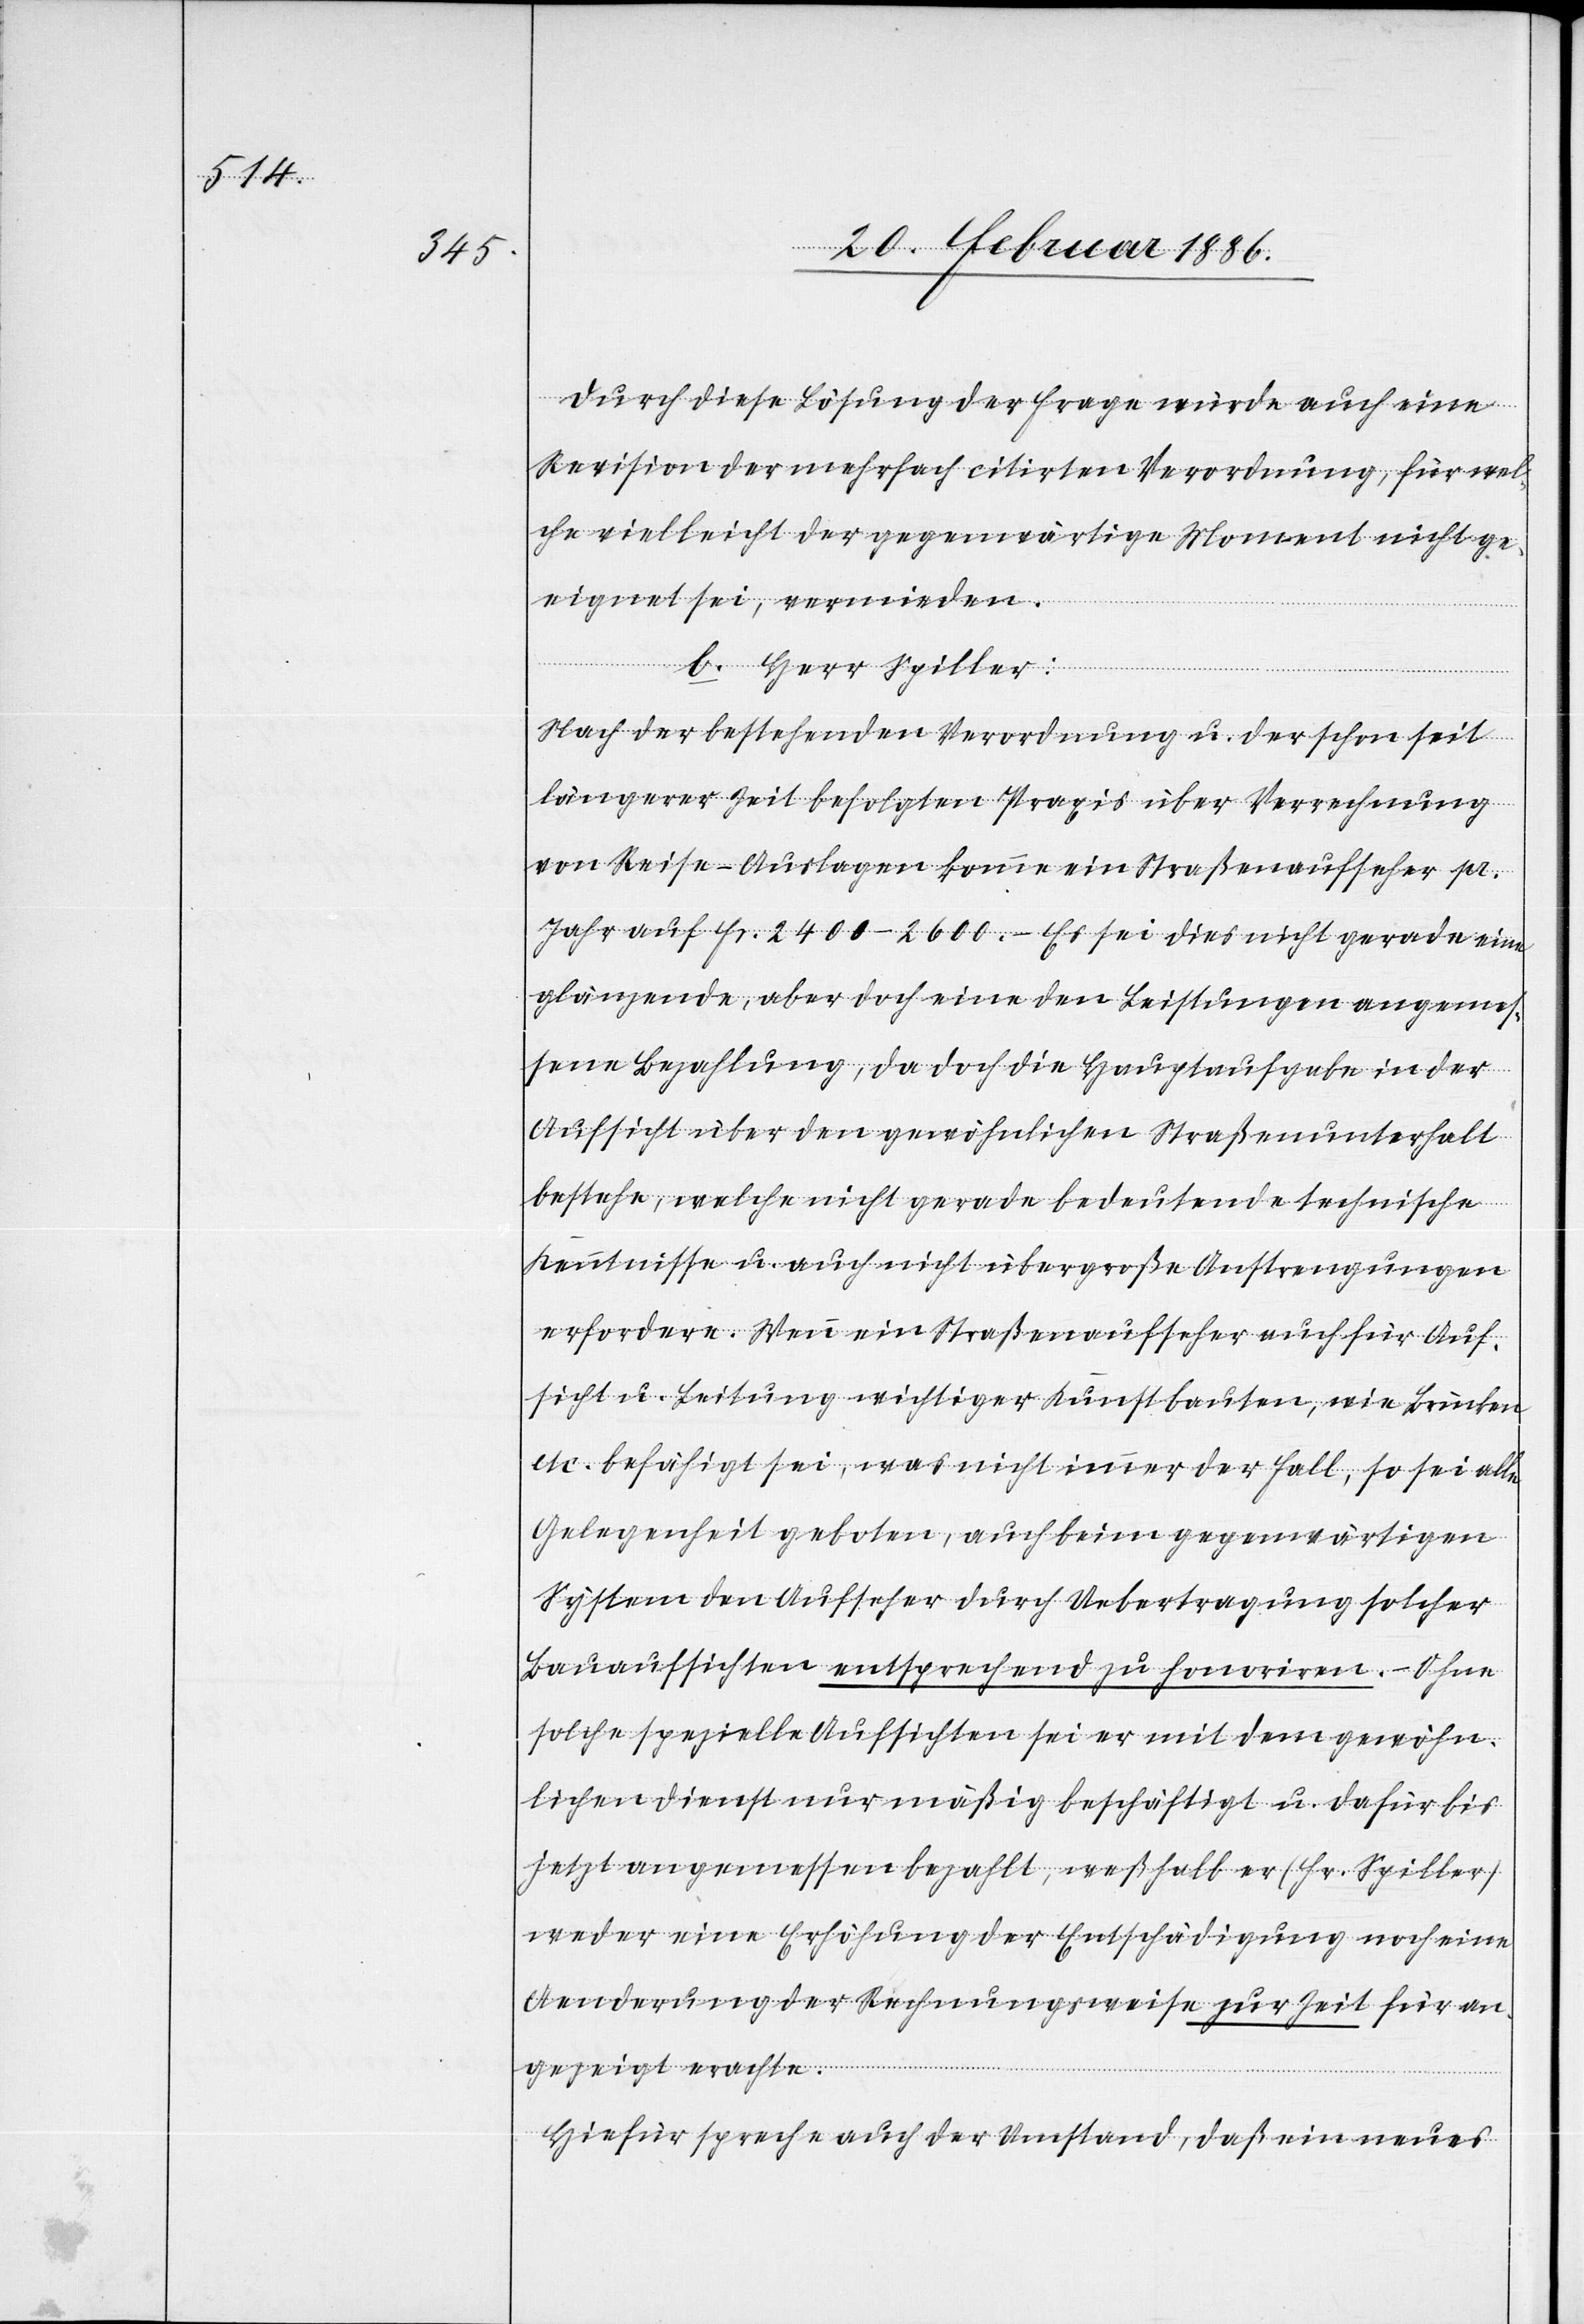
Durch diese Lösung der Frage würde auch eine
Revision der mehrfach citirten Verordnung, für wel¬
che vielleicht der gegenwärtige Moment nicht ge¬
eignet sei, vermieden.
b). Herr Spiller:
Nach der bestehenden Verordnung u. der schon seit
längerer Zeit befolgten Praxis über Verrechnung
von Reise-Auslagen komme ein Straßenaufseher pr.
Jahr auf Fr. 2400–2600.– Es sei dies nicht gerade eine
glänzende, aber doch eine den Leistungen angemes¬
sene Bezahlung, da doch die Hauptaufgabe in der
Aufsicht über den gewöhnlichen Straßenunterhalt
bestehe, welche nicht gerade bedeutende technische
Kenntnisse u. auch nicht übergroße Anstrengungen
erfordere. Wenn ein Straßenaufseher auch für Auf¬
sicht u. Leitung wichtiger Kunstbauten, wie Brücken
etc. befähigt sei, was nicht immer der Fall, so sei alle
Gelegenheit geboten, auch beim gegenwärtigen
System den Aufseher durch Uebertragung solcher
Bauaufsichten entsprechend zu honoriren. – Ohne
solche spezielle Aufsichten sei er mit dem gewöhn¬
lichen Dienst nur mäßig beschäftigt u. dafür bis
jetzt angemessen bezahlt, weßhalb er (Hr. Spiller)
weder eine Erhöhung der Entschädigung noch eine
Aenderung der Rechnungsweise zur Zeit für an¬
gezeigt erachte.
Hiefür spreche auch der Umstand, daß ein neues